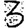
Digit: 3